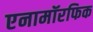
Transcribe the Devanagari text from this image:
एनामॉरफिक